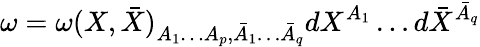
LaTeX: \omega=\omega(X,\bar{X})_{A_{1}\ldots A_{p},\bar{A}_{1}\ldots\bar{A}_{q}}dX^{A_{1}}\ldots d\bar{X}^{\bar{A}_{q}}